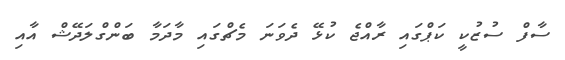
ސާފް ސުޒުކީ ކަޕްގައި ރާއްޖެ ކުޅޭ ދެވަނަ މެޗްގައި މާދަމާ ބަންގްލަދޭޝް އާއި